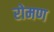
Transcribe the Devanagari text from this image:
रोमण